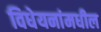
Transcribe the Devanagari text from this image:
विधेयनांमधील